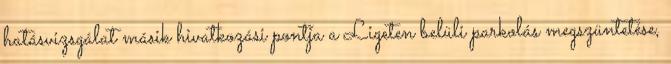
hatásvizsgálat másik hivatkozási pontja a Ligeten belüli parkolás megszüntetése,